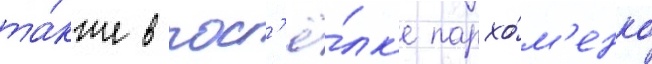
та́кже в пос'ё́лк'е пархо́м'енко